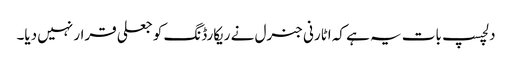
دلچسپ بات یہ ہے کہ اٹارنی جنرل نے ریکارڈنگ کو جعلی قرار نہیں دیا۔